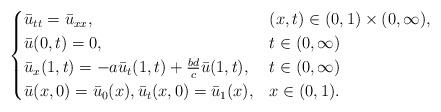
LaTeX: \begin{align*}\begin{cases} \bar u_{tt} = \bar u_{xx},& (x,t)\in(0,1)\times(0,\infty), \\ \bar u(0,t) = 0,& t\in (0,\infty) \\ \bar u_x(1,t) = - a \bar u_t(1,t) + \frac{bd}{c} \bar u(1,t),& t\in (0,\infty)\\ \bar u(x,0) = \bar u_0(x), \bar u_t(x,0) = \bar u_1(x),& x\in(0,1).\end{cases}\end{align*}